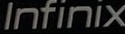
Infinix